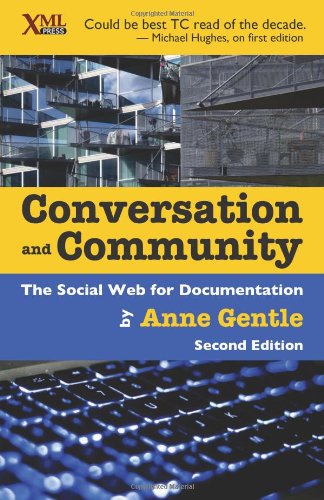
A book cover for Conversation and Community: The Social Web for Documentation; Anne Gentle; Computers & Technology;